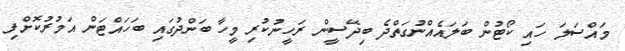
މައްސަލަ ހައި ކޯޓުން ބަލައެއްނުގަތްދެ ބިދޭސީން ރަހީނުކުރި މީހާ ބަންދުގައި ބަހައްޓަން އަމުރުކޮށްފި